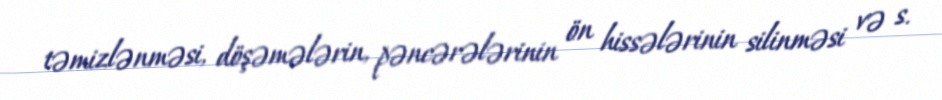
təmizlənməsi, döşəmələrin, pəncərələrinin ön hissələrinin silinməsi və s.